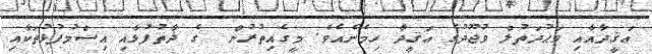
ޢަޤީދާއާއި ވަޙުދަތުލް ވުޖޫދުގެ ޢަޤީދާ ހިމެނެއެވެ. މީގެއިތުރުން  ގެ ޛާތުފުޅާއި އިސްމުފުޅުތަކާއި